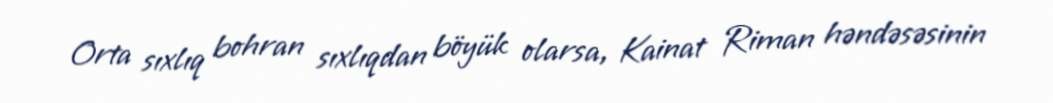
Orta sıxlıq bohran sıxlıqdan böyük olarsa, Kainat Riman həndəsəsinin